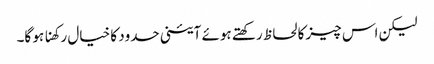
لیکن اس چیز کا لحاظ رکھتے ہوئے آئینی حدود کا خیال رکھنا ہو گا۔